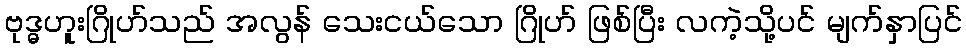
ဗုဒ္ဓဟူးဂြိုဟ်သည် အလွန် သေးငယ်သော ဂြိုဟ် ဖြစ်ပြီး လကဲ့သို့ပင် မျက်နှာပြင်